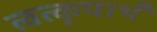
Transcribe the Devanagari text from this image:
त्वत्कृपार्थं